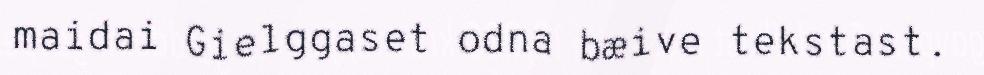
maidai Gielggaset odna bæive tekstast.